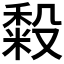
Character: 𰨴